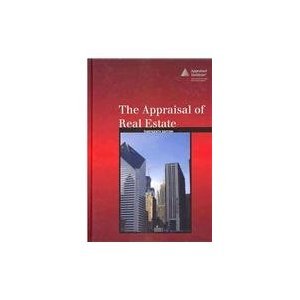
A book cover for The Appraisal of Real Estate; Appraisal Institute; Business & Money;